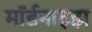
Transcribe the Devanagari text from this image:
मॉर्डनाइझ